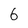
Character: 6